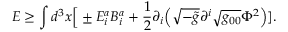
{ \cal E } \geq \int d ^ { 3 } x \Big [ \pm E _ { i } ^ { a } B _ { i } ^ { a } + { \frac { 1 } { 2 } } \partial _ { i } \Big ( \sqrt { - \tilde { g } } \partial ^ { i } \sqrt { g _ { 0 0 } } \Phi ^ { 2 } \Big ) ] .